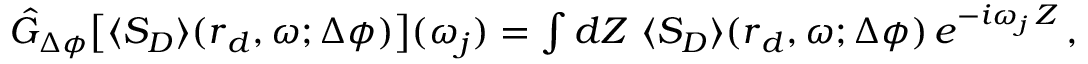
\begin{array} { r } { \hat { G } _ { \Delta \phi } \big [ \langle S _ { D } \rangle ( \boldsymbol { r } _ { d } , \omega ; \Delta \phi ) \big ] ( \omega _ { j } ) = \int d Z \, \, \langle S _ { D } \rangle ( \boldsymbol { r } _ { d } , \omega ; \Delta \phi ) \, e ^ { - i \omega _ { j } \, Z } \, , } \end{array}